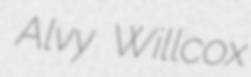
Alvy Willcox